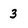
Character: 3